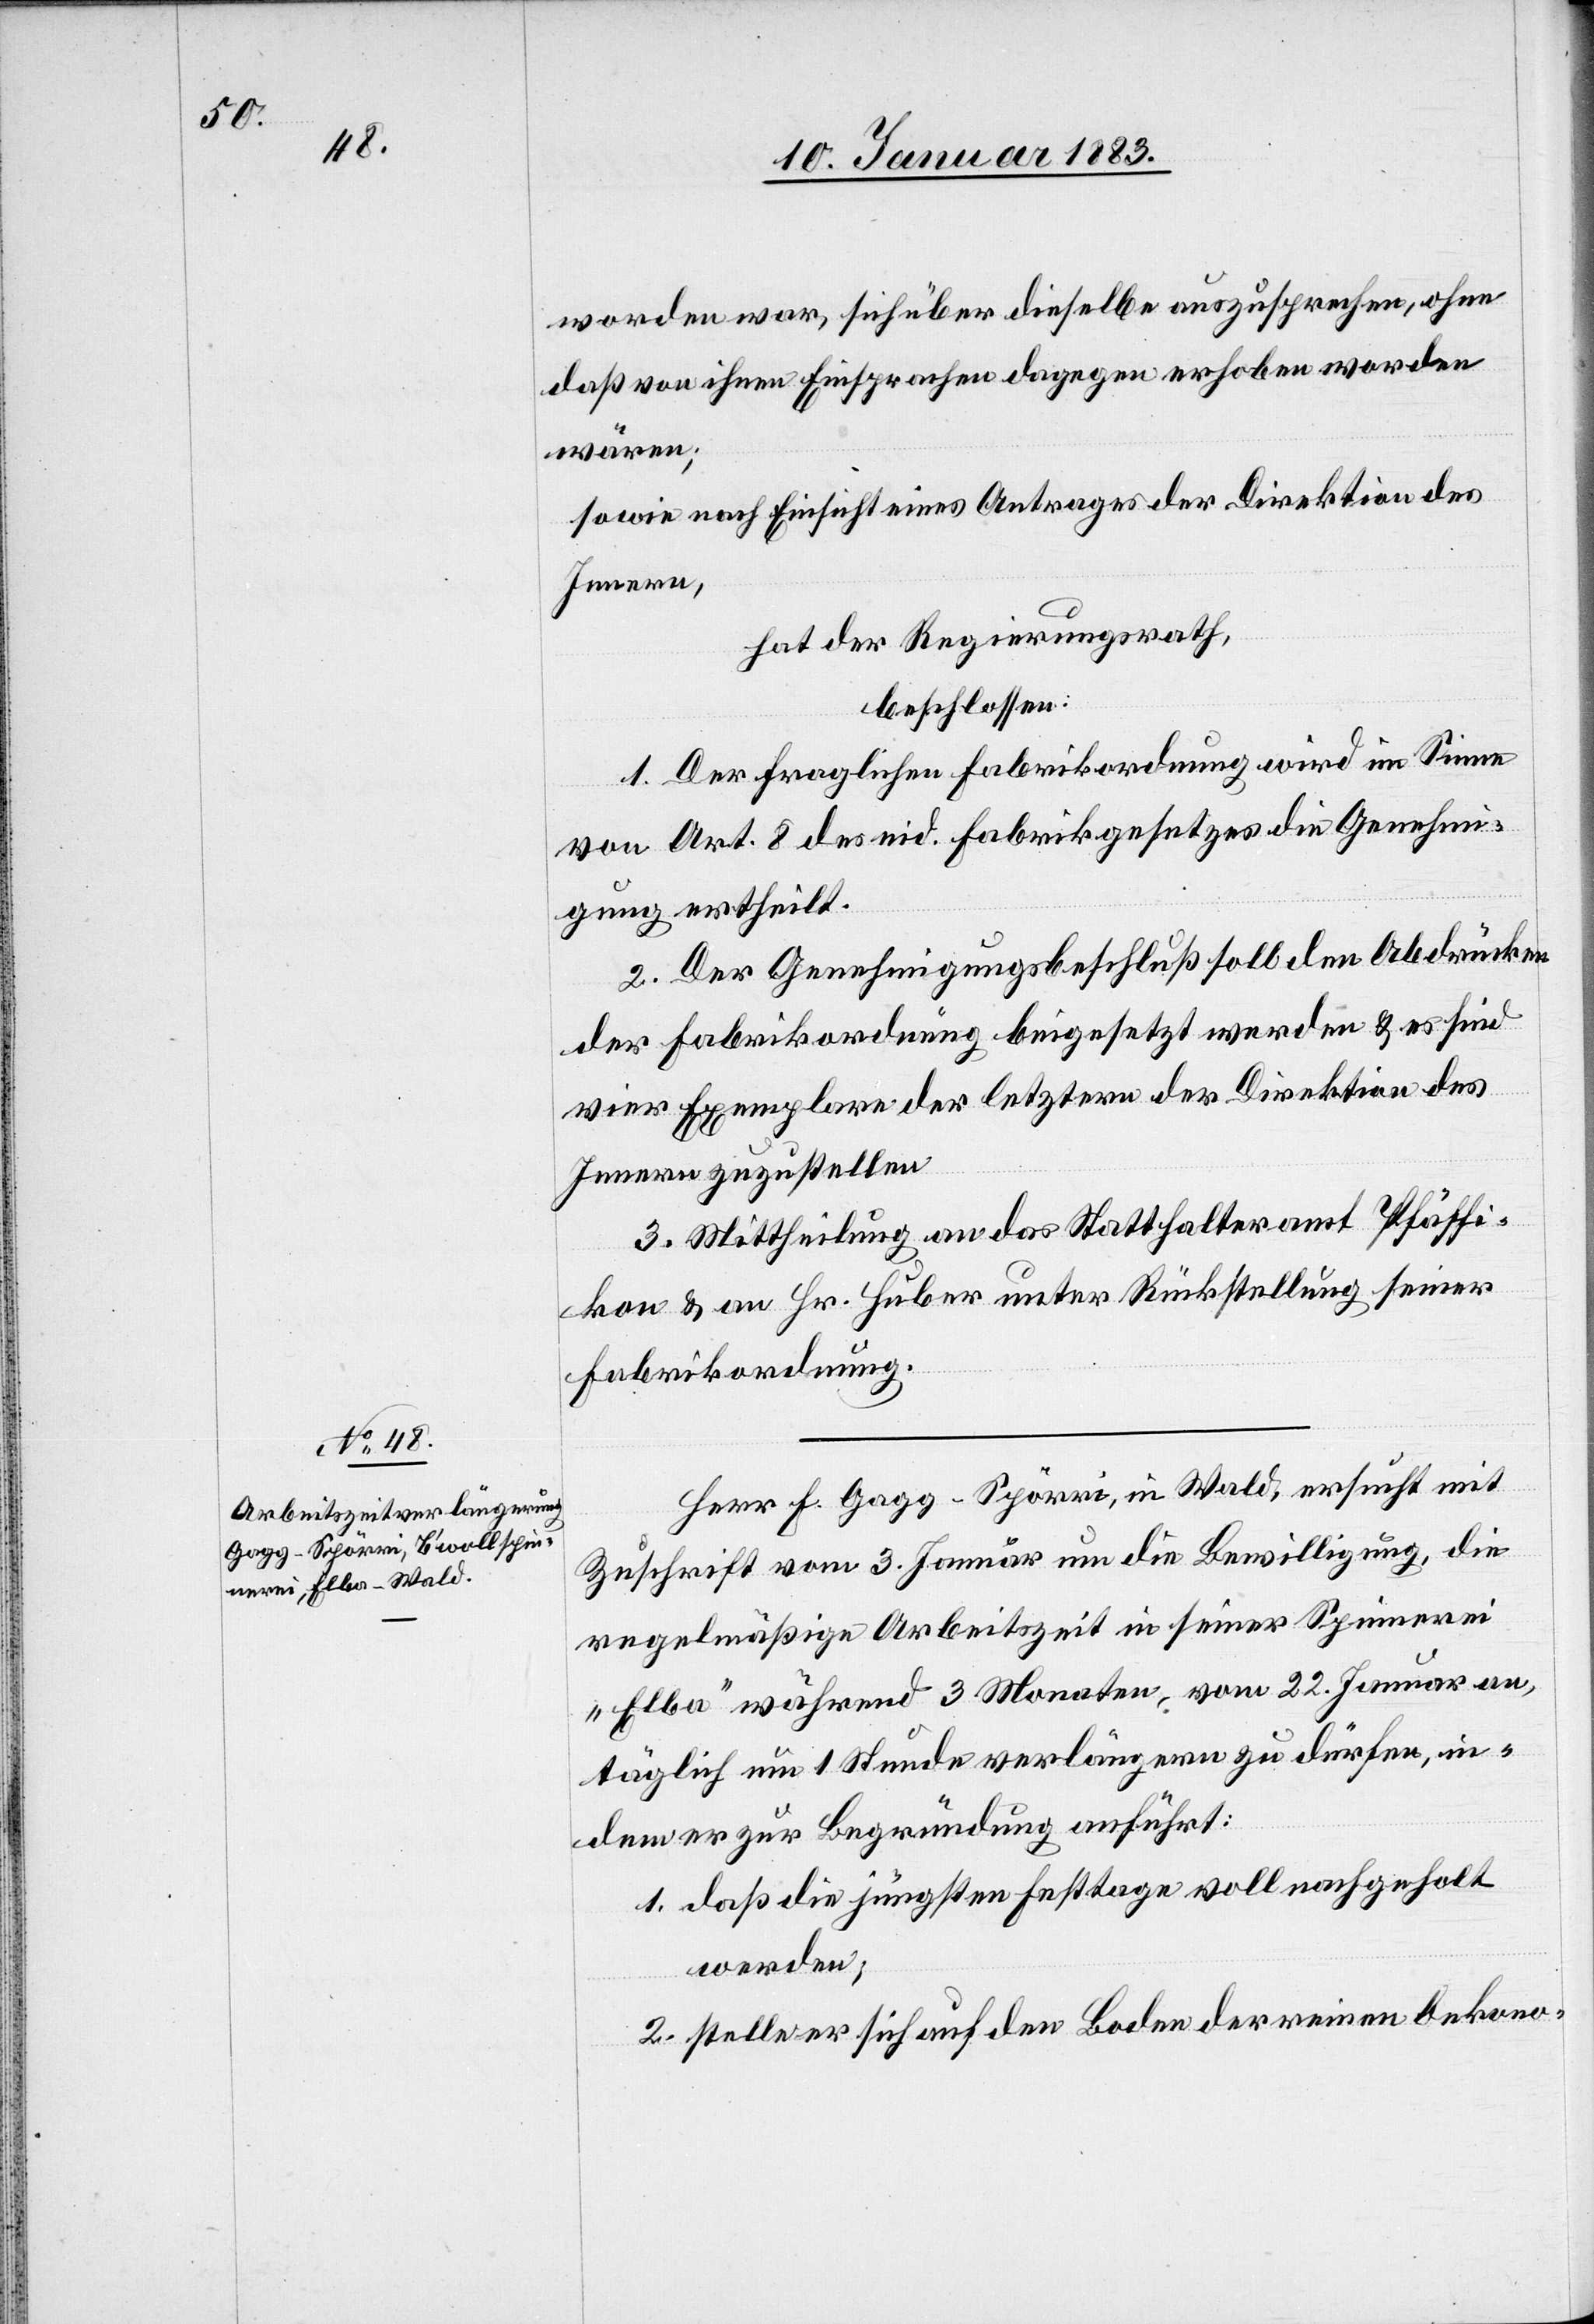
worden war, sich über dieselbe auszusprechen, ohne
daß von ihnen Einsprachen dagegen erhoben worden
wären;
sowie nach Einsicht eines Antrages der Direktion des
Innern,
hat der Regierungsrath,
beschlossen:
1. Der fraglichen Fabrikordnung wird im Sinne
von Art. 8 des eid. Fabrikgesetzes die Genehmi¬
gung ertheilt.
2. Der Genehmigungsbeschluß soll den Abdrücken
der Fabrikordnung beigesetzt werden & es sind
vier Exemplare der letztern der Direktion des
Innern zuzustellen.
3. Mittheilung an das Statthalteramt Pfäffi¬
kon & an Hr. Huber unter Rückstellung seiner
Fabrikordnung.
Herr Gagg-Spörri, in Wald, ersucht mit
Zuschrift vom 3. Januar um die Bewilligung, die
regelmäßige Arbeitszeit in seiner Spinnerei
„Elba“ während 3 Monaten, vom 22. Januar an,
täglich um 1 Stunde verlängern zu dürfen, in¬
dem er zur Begründung anführt:
1. daß die jüngsten Festtage voll nachgeholt
werden;
2. stelle er sich auf den Boden der reinen Oekono-